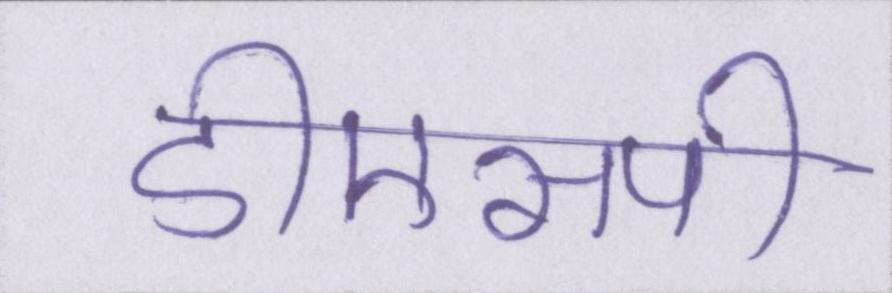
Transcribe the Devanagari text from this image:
डीएसपी